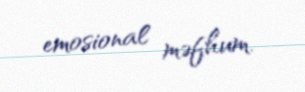
emosional məfhum.